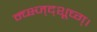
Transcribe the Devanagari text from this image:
न्च्क्ष्ज्द्शूच्ग्।